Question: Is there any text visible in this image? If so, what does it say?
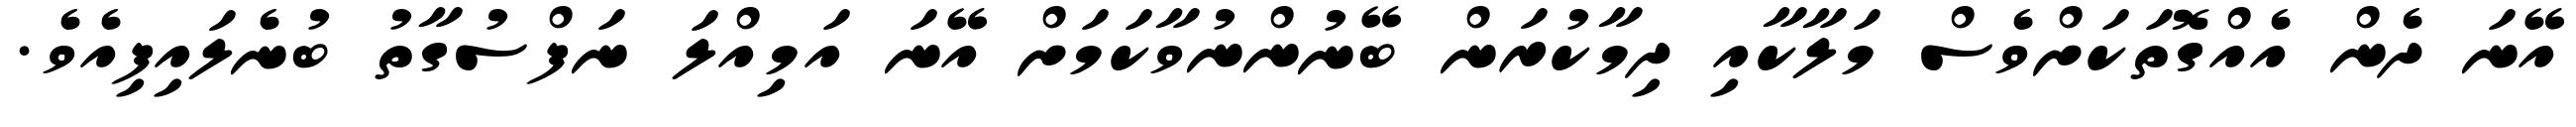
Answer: އޭނަ ދެން އެއްގޮތަކަށްވެސް މަލާކާއި ދިމާކުރަން ބޭނުންނުވާކަމަށް އޭނަ އަމިއްލަ ނަފްސުގާތު ބުނެލައިފިއެވެ.